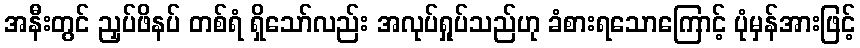
အနီးတွင် ညှပ်ဖိနပ် တစ်ရံ ရှိသော်လည်း အလုပ်ရှုပ်သည်ဟု ခံစားရသောကြောင့် ပုံမှန်အားဖြင့်